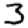
Digit: 3